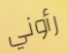
رأوني